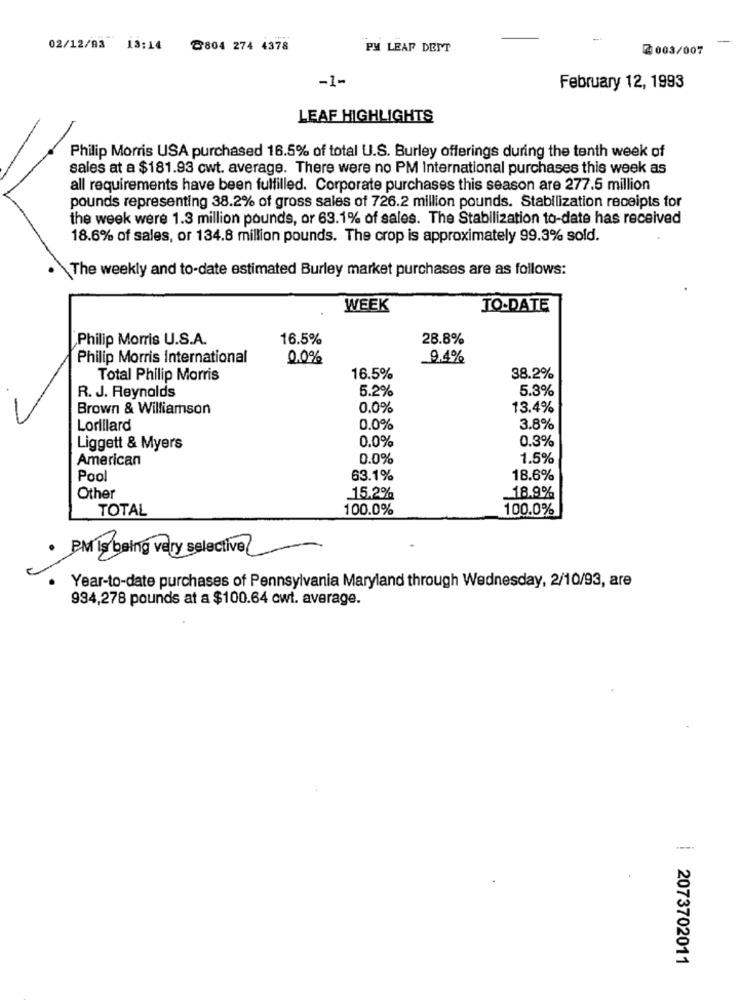
-
02/12/93 13:14
8804 274 4378
PM LEAP DEPT
2003/007
-1-
February 12, 1993
LEAF HIGHLIGHTS
Philip Morris USA purchased 16.5% of total U.S. Burley offerings during the tenth week of
sales at a $181.93 cwt. average. There were no PM International purchases this week as
all requirements have been fulfilled. Corporate purchases this season are 277.5 million
pounds representing 38.2% of gross sales of 726.2 million pounds. Stabilization receipts for
the week were 1.3 million pounds, or 63.1% of sales. The Stabilization to-date has received
18.6% of sales, or 134.8 million pounds. The crop is approximately 99.3% sold.
The weekly and to-date estimated Burley market purchases are as follows:
WEEK
TO-DATE
Philip Morris U.S.A.
16.5%
28.8%
Philip Morris international
0,0%
9.4%
Total Philip Morris
16.5%
38.2%
R. J. Reynolds
5.2%
5.3%
Brown & Williamson
0.0%
13.4%
Lorillard
0.0%
3.8%
0.0%
0.3%
Liggett & Myers
American
0.0%
1.5%
Pool
63.1%
18.6%
Other
15.2%
18.9%
TOTAL
100.0%
100.0%
· PM is being very selective
Year-to-date purchases of Pennsylvania Maryland through Wednesday, 2/10/93, are
934,278 pounds at a $100.64 cwt. average.
2073702011